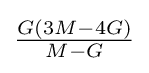
{\tfrac {G(3M-4G)}{M-G}}